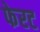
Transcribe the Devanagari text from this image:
फेरट